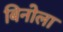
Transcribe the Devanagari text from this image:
बिनोला